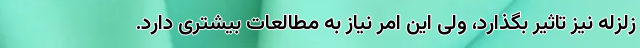
زلزله نیز تاثیر بگذارد، ولی این امر نیاز به مطالعات بیشتری دارد.